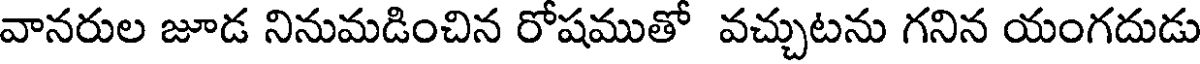
వానరుల జూడ నినుమడించిన రోషముతో వచ్చుటను గనిన యంగదుడు